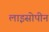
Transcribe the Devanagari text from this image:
लाइसोपीन